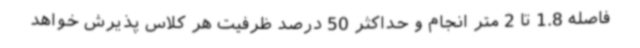
فاصله 1.8 تا 2 متر انجام و حداکثر 50 درصد ظرفیت هر کلاس پذیرش خواهد